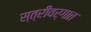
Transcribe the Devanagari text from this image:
स्त्रीवर्गात